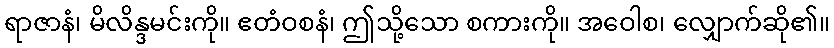
ရာဇာနံ၊ မိလိန္ဒမင်းကို။ ဧတံဝစနံ၊ ဤသို့သော စကားကို။ အဝေါစ၊ လျှောက်ဆို၏။